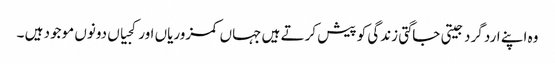
وہ اپنے ارد گرد جیتی جاگتی زندگی کو پیش کرتے ہیں جہاں کمزوریاں اور کجیاں دونوں موجود ہیں ۔